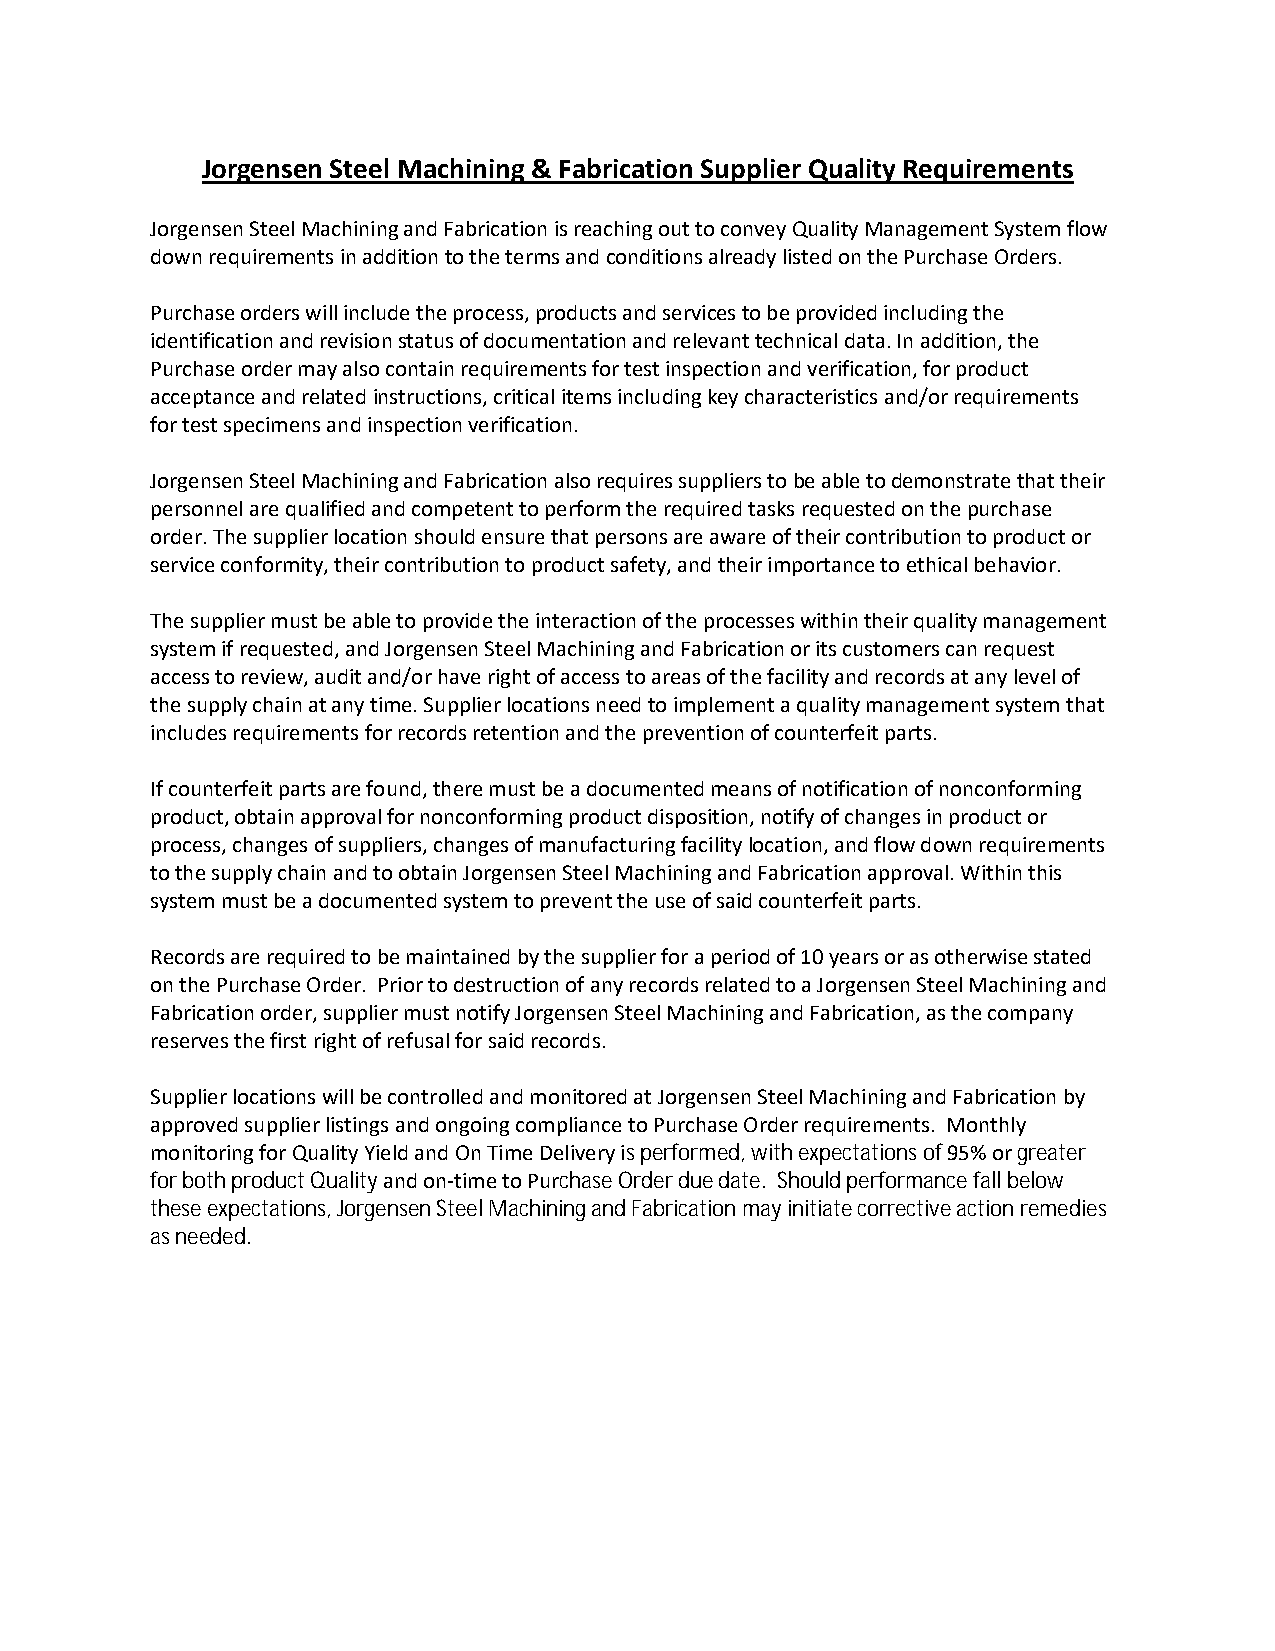
Jorgensen Steel Machining & Fabrication Supplier Quality Requirements
 Jorgensen SteelMachiningand FabricationisreachingouttoconveyQualityManagementSystemflow
 downrequirementsinadditiontothe terms andconditions alreadylistedonthePurchaseOrders.
 Purchaseorders will includethe process,productsandservicestobeprovided includingthe
 identificationandrevisionstatusof documentationandrelevanttechnicaldata.Inaddition,the
 Purchase order may also contain requirementsfor testinspectionandverification,forproduct
 acceptanceandrelatedinstructions, criticalitems includingkeycharacteristics and/orrequirements
 fortestspecimens andinspectionverification.
 Jorgensen SteelMachiningand Fabricationalsorequires supplierstobeabletodemonstratethattheir
 personnel are qualifiedandcompetenttoperformtherequiredtasksrequestedonthepurchase
 order. Thesupplier locationshouldensurethat persons areawareof their contributiontoproduct or
 service conformity, their contributiontoproduct safety, andtheir importancetoethicalbehavior.
 Thesupplier must be able toprovidethe interactionofthe processeswithintheir qualitymanagement
 system if requested, and Jorgensen Steel Machining and Fabrication or its customerscanrequest
 accesstoreview,audit and/orhaveright of access toareasof the facilityandrecords atanylevelof
 thesupplychainatanytime. Supplierlocations needtoimplementa quality management systemthat
 includes requirements forrecords retentionand thepreventionof counterfeitparts.
 If counterfeit partsarefound,theremust be a documentedmeans ofnotification of nonconforming
 product,obtainapprovalfornonconformingproductdisposition, notifyof changesinproduct or
 process, changes of suppliers, changesofmanufacturingfacilitylocation, and flowdown requirements
 tothe supplychainandto obtainJorgensen Steel Machining and Fabrication approval.Withinthis
 systemmustbea documented systemtopreventthe useofsaidcounterfeitparts.
 Records are required to be maintained by the supplier for a period of 10 years or as otherwise stated
 on the Purchase Order. Prior to destruction of any records related to a Jorgensen Steel Machining and
 Fabrication order, supplier must notify Jorgensen Steel Machining and Fabrication, as the company
 reserves the first right of refusal for said records.
 Supplier locations will be controlled and monitored at Jorgensen Steel Machining and Fabrication by
 approved supplier listings and ongoing compliance to Purchase Order requirements. Monthly
 monitoringfor Quality Yield and On Time Delivery is performed, with expectations of 95% or greater
 for both product Quality and on-time to Purchase Order due date. Should performance fall below
 these expectations, Jorgensen Steel Machining and Fabrication may initiate corrective action remedies
 as needed.